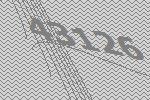
43126